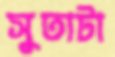
সুতাটা